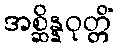
အစ္ဆိန္နဝုတ္တိံ